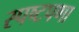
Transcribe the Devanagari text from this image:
स्पष्टपणा